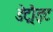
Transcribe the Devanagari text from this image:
डेट्रौइट